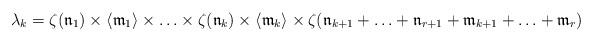
LaTeX: \begin{align*} \lambda_k & =\zeta(\mathfrak n_1) \times \langle \mathfrak m_1 \rangle \times \ldots \times \zeta(\mathfrak n_{k})\times \langle \mathfrak m_{k} \rangle \times \zeta(\mathfrak n_{k+1}+\ldots +\mathfrak n_{r+1} +\mathfrak m_{k+1}+\ldots +\mathfrak m_{r}) \end{align*}